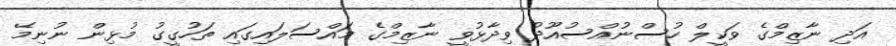
އަދި ނާޒިމްގެ ވަކީލް ހުސްނުއްސުއޫދު ވިދާޅުވީ ނާޒިމްގެ މައްސަލައިގައި ތަހުގީގު މުޅިން ނުނިމޭ